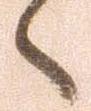
々